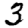
Digit: 3